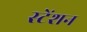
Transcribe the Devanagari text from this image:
स्टेंशन